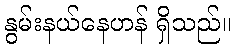
နွမ်းနယ်နေဟန် ရှိသည်။